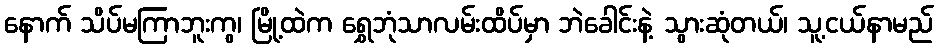
နောက် သိပ်မကြာဘူးကွ၊ မြို့ထဲက ရွှေဘုံသာလမ်းထိပ်မှာ ဘဲခေါင်းနဲ့ သွားဆုံတယ်၊ သူ့ငယ်နာမည်